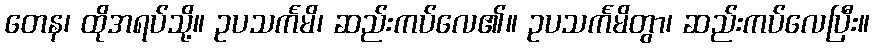
တေန၊ ထိုအရပ်သို့။ ဥပသင်္ကမိ၊ ဆည်းကပ်လေ၏။ ဥပသင်္ကမိတွာ၊ ဆည်းကပ်လေပြီး။